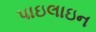
પાઇલાઇન